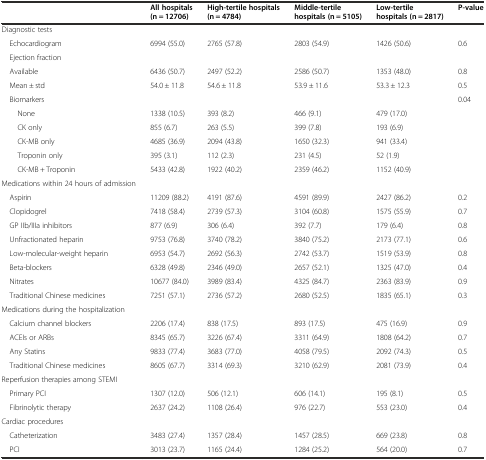
<table><thead><tr><td></td><td><b>All hospitals (n = 12706)</b></td><td><b>High-tertile hospitals (n = 4784)</b></td><td><b>Middle-tertile hospitals (n = 5105)</b></td><td><b>Low-tertile hospitals (n = 2817)</b></td><td><b>P-value</b></td></tr></thead><tbody><tr><td>Diagnostic tests</td><td></td><td></td><td></td><td></td><td></td></tr><tr><td> Echocardiogram</td><td>6994 (55.0)</td><td>2765 (57.8)</td><td>2803 (54.9)</td><td>1426 (50.6)</td><td>0.6</td></tr><tr><td> Ejection fraction</td><td></td><td></td><td></td><td></td><td></td></tr><tr><td> Available</td><td>6436 (50.7)</td><td>2497 (52.2)</td><td>2586 (50.7)</td><td>1353 (48.0)</td><td>0.8</td></tr><tr><td> Mean ± std</td><td>54.0 ± 11.8</td><td>54.6 ± 11.8</td><td>53.9 ± 11.6</td><td>53.3 ± 12.3</td><td>0.5</td></tr><tr><td> Biomarkers</td><td></td><td></td><td></td><td></td><td>0.04</td></tr><tr><td>None</td><td>1338 (10.5)</td><td>393 (8.2)</td><td>466 (9.1)</td><td>479 (17.0)</td><td></td></tr><tr><td>CK only</td><td>855 (6.7)</td><td>263 (5.5)</td><td>399 (7.8)</td><td>193 (6.9)</td><td></td></tr><tr><td>CK-MB only</td><td>4685 (36.9)</td><td>2094 (43.8)</td><td>1650 (32.3)</td><td>941 (33.4)</td><td></td></tr><tr><td>Troponin only</td><td>395 (3.1)</td><td>112 (2.3)</td><td>231 (4.5)</td><td>52 (1.9)</td><td></td></tr><tr><td>CK-MB + Troponin</td><td>5433 (42.8)</td><td>1922 (40.2)</td><td>2359 (46.2)</td><td>1152 (40.9)</td><td></td></tr><tr><td>Medications within 24 hours of admission</td><td></td><td></td><td></td><td></td><td></td></tr><tr><td> Aspirin</td><td>11209 (88.2)</td><td>4191 (87.6)</td><td>4591 (89.9)</td><td>2427 (86.2)</td><td>0.2</td></tr><tr><td> Clopidogrel</td><td>7418 (58.4)</td><td>2739 (57.3)</td><td>3104 (60.8)</td><td>1575 (55.9)</td><td>0.7</td></tr><tr><td> GP IIb/IIIa inhibitors</td><td>877 (6.9)</td><td>306 (6.4)</td><td>392 (7.7)</td><td>179 (6.4)</td><td>0.8</td></tr><tr><td> Unfractionated heparin</td><td>9753 (76.8)</td><td>3740 (78.2)</td><td>3840 (75.2)</td><td>2173 (77.1)</td><td>0.6</td></tr><tr><td> Low-molecular-weight heparin</td><td>6953 (54.7)</td><td>2692 (56.3)</td><td>2742 (53.7)</td><td>1519 (53.9)</td><td>0.8</td></tr><tr><td> Beta-blockers</td><td>6328 (49.8)</td><td>2346 (49.0)</td><td>2657 (52.1)</td><td>1325 (47.0)</td><td>0.4</td></tr><tr><td> Nitrates</td><td>10677 (84.0)</td><td>3989 (83.4)</td><td>4325 (84.7)</td><td>2363 (83.9)</td><td>0.9</td></tr><tr><td> Traditional Chinese medicines</td><td>7251 (57.1)</td><td>2736 (57.2)</td><td>2680 (52.5)</td><td>1835 (65.1)</td><td>0.3</td></tr><tr><td>Medications during the hospitalization</td><td></td><td></td><td></td><td></td><td></td></tr><tr><td> Calcium channel blockers</td><td>2206 (17.4)</td><td>838 (17.5)</td><td>893 (17.5)</td><td>475 (16.9)</td><td>0.9</td></tr><tr><td> ACEIs or ARBs</td><td>8345 (65.7)</td><td>3226 (67.4)</td><td>3311 (64.9)</td><td>1808 (64.2)</td><td>0.7</td></tr><tr><td> Any Statins</td><td>9833 (77.4)</td><td>3683 (77.0)</td><td>4058 (79.5)</td><td>2092 (74.3)</td><td>0.5</td></tr><tr><td> Traditional Chinese medicines</td><td>8605 (67.7)</td><td>3314 (69.3)</td><td>3210 (62.9)</td><td>2081 (73.9)</td><td>0.4</td></tr><tr><td>Reperfusion therapies among STEMI</td><td></td><td></td><td></td><td></td><td></td></tr><tr><td> Primary PCI</td><td>1307 (12.0)</td><td>506 (12.1)</td><td>606 (14.1)</td><td>195 (8.1)</td><td>0.5</td></tr><tr><td> Fibrinolytic therapy</td><td>2637 (24.2)</td><td>1108 (26.4)</td><td>976 (22.7)</td><td>553 (23.0)</td><td>0.4</td></tr><tr><td>Cardiac procedures</td><td></td><td></td><td></td><td></td><td></td></tr><tr><td> Catheterization</td><td>3483 (27.4)</td><td>1357 (28.4)</td><td>1457 (28.5)</td><td>669 (23.8)</td><td>0.8</td></tr><tr><td> PCI</td><td>3013 (23.7)</td><td>1165 (24.4)</td><td>1284 (25.2)</td><td>564 (20.0)</td><td>0.7</td></tr></tbody></table>